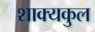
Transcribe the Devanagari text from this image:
शाक्यकुल